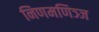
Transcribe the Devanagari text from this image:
निणमणिञ्ज